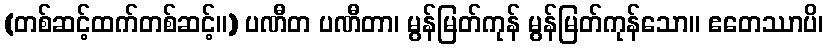
(တစ်ဆင့်ထက်တစ်ဆင့်။) ပဏီတ ပဏီတာ၊ မွန်မြတ်ကုန် မွန်မြတ်ကုန်သော။ ဧတေဿာပိ၊